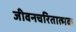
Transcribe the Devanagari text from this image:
जीवनचरितात्मक